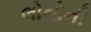
લોનોની